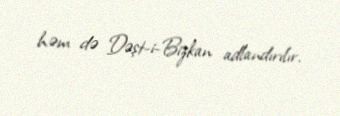
həm də Dəşt-i-Bizkan adlandırılır.